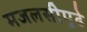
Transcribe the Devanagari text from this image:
मजलसीपुढे